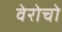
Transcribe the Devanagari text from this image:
वेरोचो